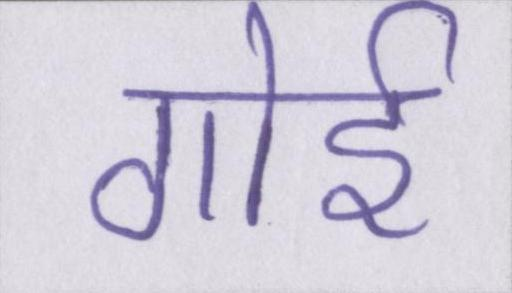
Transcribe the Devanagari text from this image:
गोई